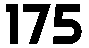
175